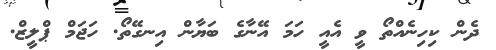
ދެން ކިހިނެއްތޯ ވީ އެއީ ހަމަ އޭނާގެ ބަޔާން އިނގޭތޯ. ހަޖަމް ޕްލީޒް.